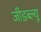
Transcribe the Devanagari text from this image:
जीडब्ल्यू